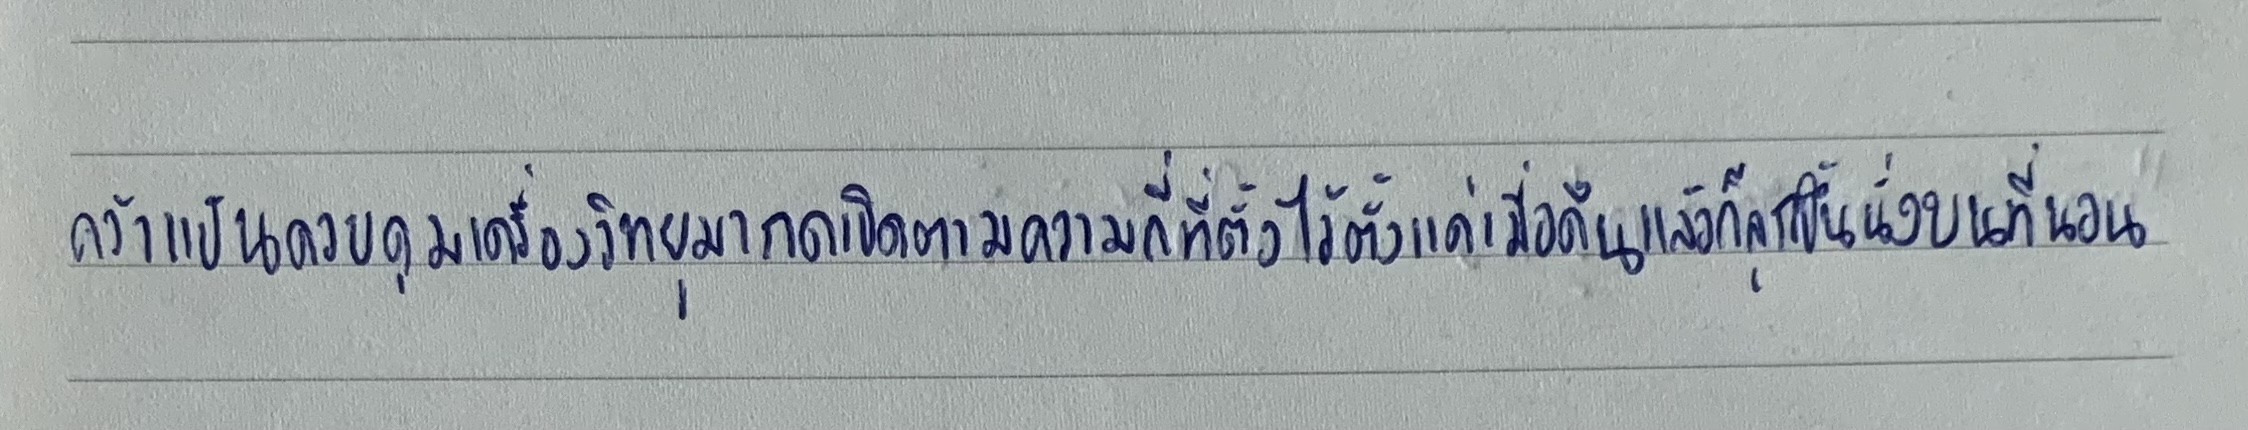
คว้าแป้นควบคุมเครื่องวิทยุมากดเปิดตามความถี่ที่ตั้งไว้ตั้งแต่เมื่อคืนแล้วก็ลุกขึ้นนั่งบนที่นอน